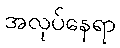
အလုပ်နေရာ